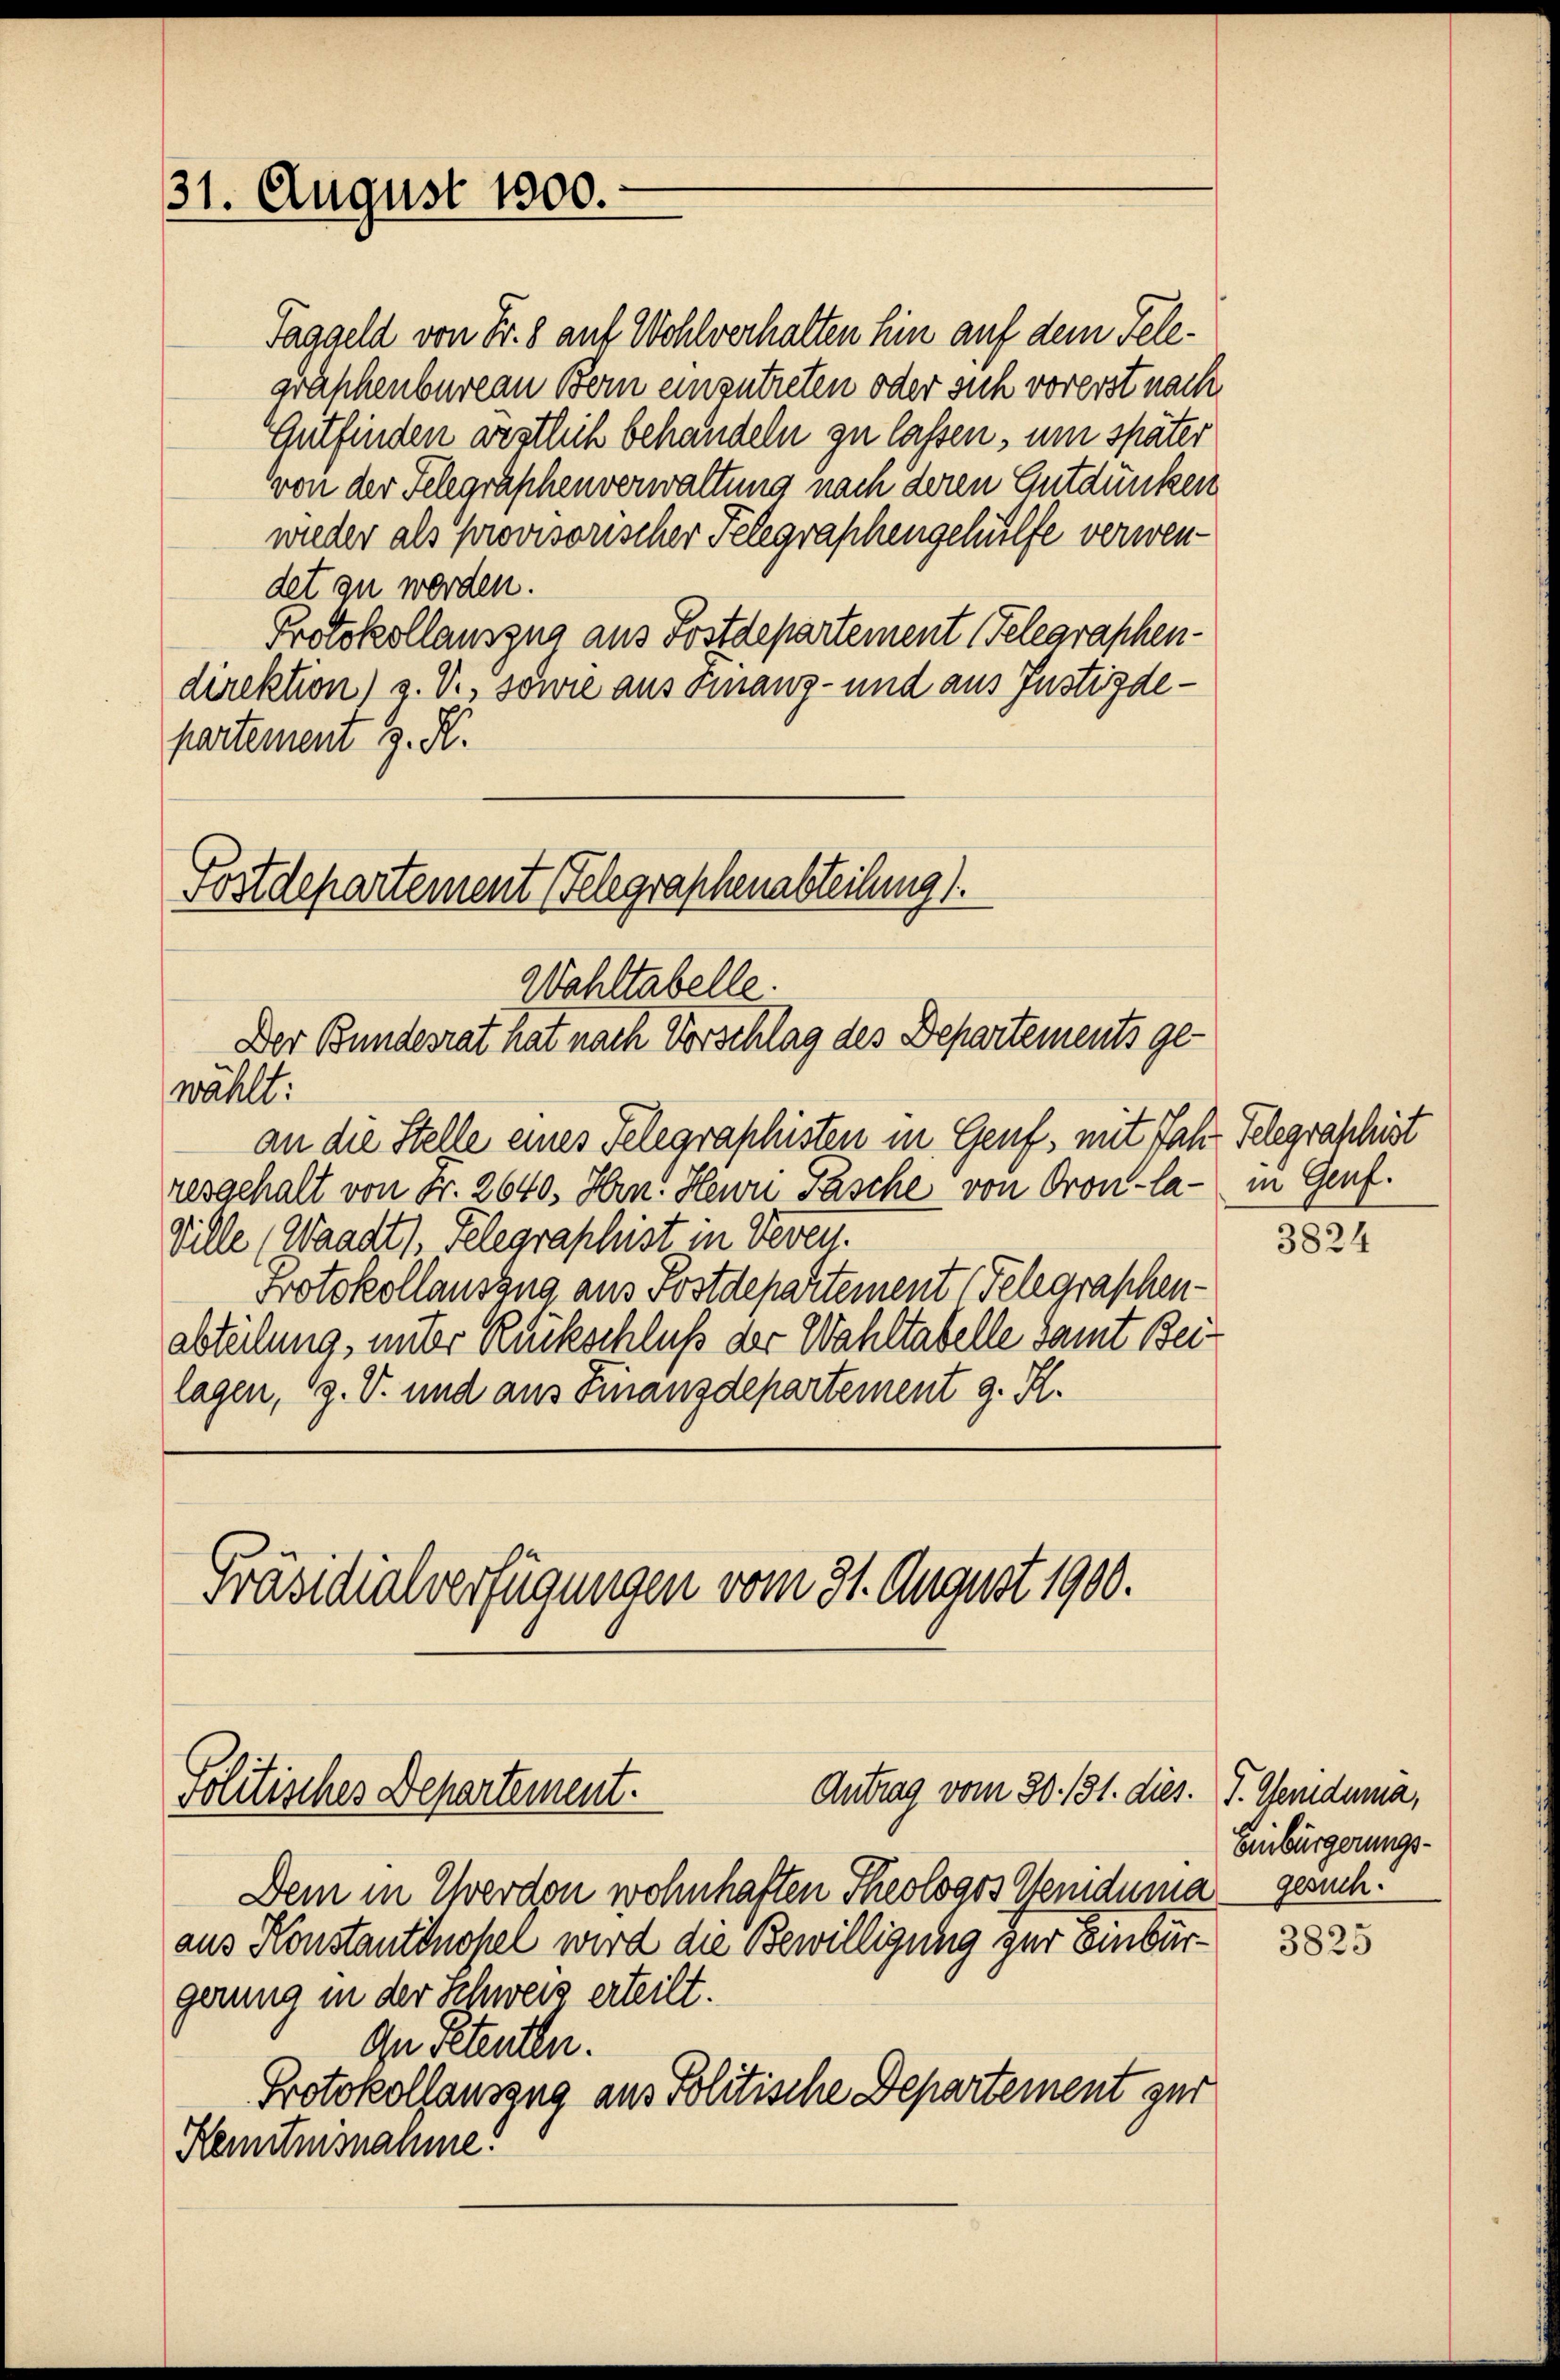
31. August 1800.

Fostdepartement (Telegraphenabteilung).
Wahltabelle.
Der Bundesrat hat nach Vorschlag des Departements ge¬

wählt:
an die Stelle eines Telegraphisten in Genf, mit Jahr Telegraschist
resgehalt von Fr. 2640. Hrn. Heuri Pasche von Gron-la- in Genf.
Ville (Waadt). Telegraphist in Veren.
Protokollauszug aus Postdepartement Telegraphen-
abteilung, unter Rückschluß der Wahltatelle samt Beilagen, 19. V. und aus Finanzdepartement g. K.

Präsidialverfügungen vom 31. August 1900.

Taggeld von Fr. 8 auf Wohlverhalten hin auf dem Telegraphenbureau Bern einzutreten oder sich vorerst nach
Antfinden westlich behandeln zu lassen, um später
vvon der Telegraphenverwaltung nach deren Gutdünken
wieder als provisorischer Telegraphengehülfe verwendet zu werden.
Protokollauszug aus Postdepartement Telegraphen-
direktion) u. V., sowie aus Finanz- und aus Justizdepartement J. K.

Antrag vom 30. 131. dies. J. Geniduma,
Politisches Departement.

Dem in Werden wohnhaften Theologos Hemduma gesuchaus Konstantinopel wird die Bewilligung zur Einbürgerung in der Schweis erteilt.
Ihr Petenten.
Protokollauszug aus Politische Departement zur
Kenntnisnahme.

3824

Einbürgerungs-

3825